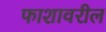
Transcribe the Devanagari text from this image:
फाशावरील